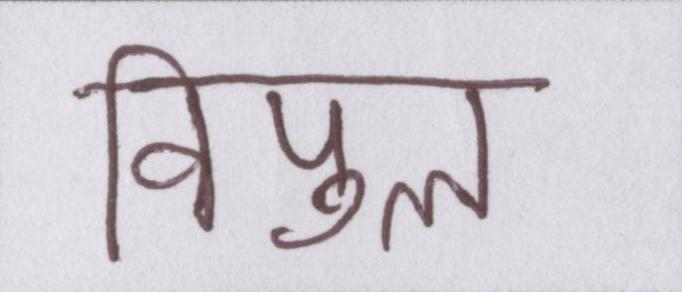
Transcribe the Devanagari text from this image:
विपुल